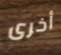
أخرى